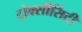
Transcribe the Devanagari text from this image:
टोक्सीसिटी